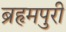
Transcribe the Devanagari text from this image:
ब्रहृमपुरी